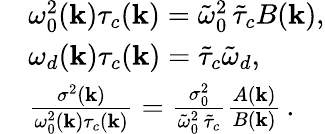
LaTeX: \begin{array}{rl}&{\omega_{0}^{2}({\mathbf k})\tau_{c}({\mathbf k})=\tilde{\omega}_{0}^{2}\, \tilde{\tau}_{c}B({\mathbf k}),}\\ &{\omega_{d}({\mathbf k})\tau_{c}({\mathbf k})=\tilde{\tau}_{c}\tilde{\omega}_{d},}\\ &{\frac{\sigma^{2}({\mathbf k})}{\omega_{0}^{2}({\mathbf k})\tau_{c}({\mathbf k})}=\frac{\sigma_{0}^{2}}{\tilde{\omega}_{0}^{2}\, \tilde{\tau}_{c}}\frac{A({\mathbf k})}{B({\mathbf k})}\, .}\end{array}